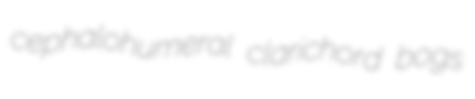
cephalohumeral clarichord bogs